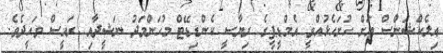
އިލެކްޝަންސް އަށް ހުށަހެޅުއްވީ އެމްޑީޕީގެ ރިޔާސީ ކެންޑިޑޭޓް މުހަންމަދު ނަޝީދާއި ރައީސް ވަހީދެވެ.